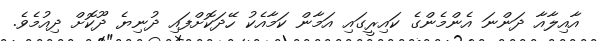
އާއިލާއާ ދަންނަ އެންމެންގެ ކައިރީގައި އަމާން ކަމާއެކު ހޭދަކޮށްފައި ދުނިޔެ ދޫކޮށް ދިއުމެވެ.